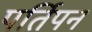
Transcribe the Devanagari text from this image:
पर्तिपन